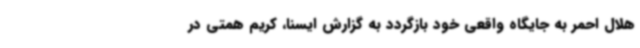
هلال احمر به جایگاه واقعی خود بازگردد به گزارش ایسنا، کریم همتی در